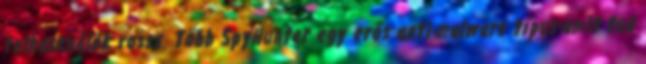
felhasználók rossz. Több SpyHunter egy erős anti-malware típus-amit tud